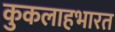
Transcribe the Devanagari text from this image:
कुकलाहभारत